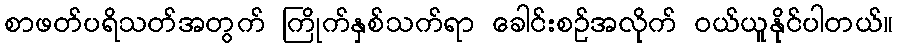
စာဖတ်ပရိသတ်အတွက် ကြိုက်နှစ်သက်ရာ ခေါင်းစဉ်အလိုက် ဝယ်ယူနိုင်ပါတယ်။